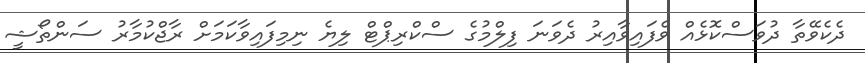
ދެކެވޭތާ ދުވަސްކޮޅެއް ވެފައިވާއިރު ދެވަނަ ފިލްމުގެ ސްކްރިޕްޓް ލިޔެ ނިމިފައިވާކަމަށް ރާޖްކުމާރު ސަންތޯޝީ